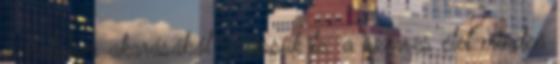
a hatalom akarásából vezessük le: a szerves élet minden